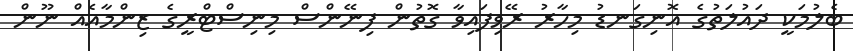
ބެލުމަކީ ދައުލަތުގެ އޮނިގަނޑު މިހާރު ރޭވިފައިވާ ގޮތުން ފިނޭންސް މިނިސްޓްރީގެ ޒިންމާއެއް ނޫން